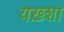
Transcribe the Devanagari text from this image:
यख़्शा